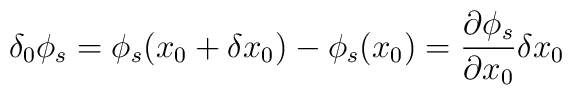
\delta_0\phi_s=\phi_s(x_0+\delta x_0)-\phi_s(x_0)=\frac{\partial\phi_s}{\partial x_0} \delta x_0